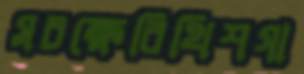
সচক্ষেরিথিশগা